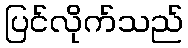
ပြင်လိုက်သည်